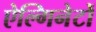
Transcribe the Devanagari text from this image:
ऐल्गिनेटों